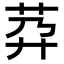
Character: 𦮘